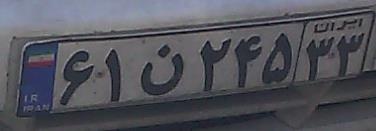
۶۱ن۲۴۵۳۳